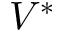
V ^ { * }